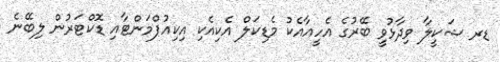
ޑރ ޝަކީލާ ވިދާޅުވީ ބޭރުގެ އެހީއާއެކު މެޑިކަލް އެކިއެކި އިކިއުޕްމަންޓާއި ޑޮކްޓަރުން ލިބޭނެ